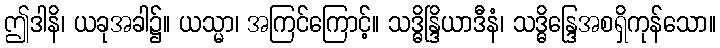
ဤဒါနိ၊ ယခုအခါ၌။ ယသ္မာ၊ အကြင်ကြောင့်။ သဒ္ဓိန္ဒြိယာဒီနံ၊ သဒ္ဓိန္ဒြေအစရှိကုန်သော။